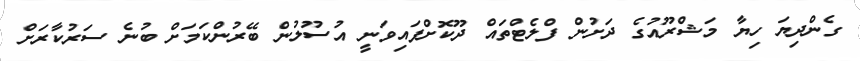
ގެންދިޔަ ހިޔާ މަޝްރޫއުގެ ދަށުން ފްލެޓްތައް ދޫކޮށްފައިވަނީ އުސޫލުން ބޭރުންކަމަށް ބުނެ ސަރުކާރަށް